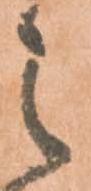
之